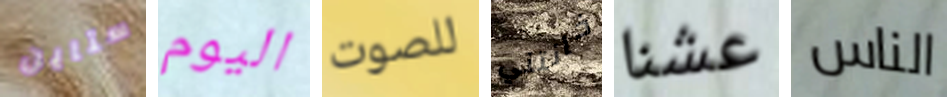
ستاين اليوم للصوت خانتني عشنا الناس